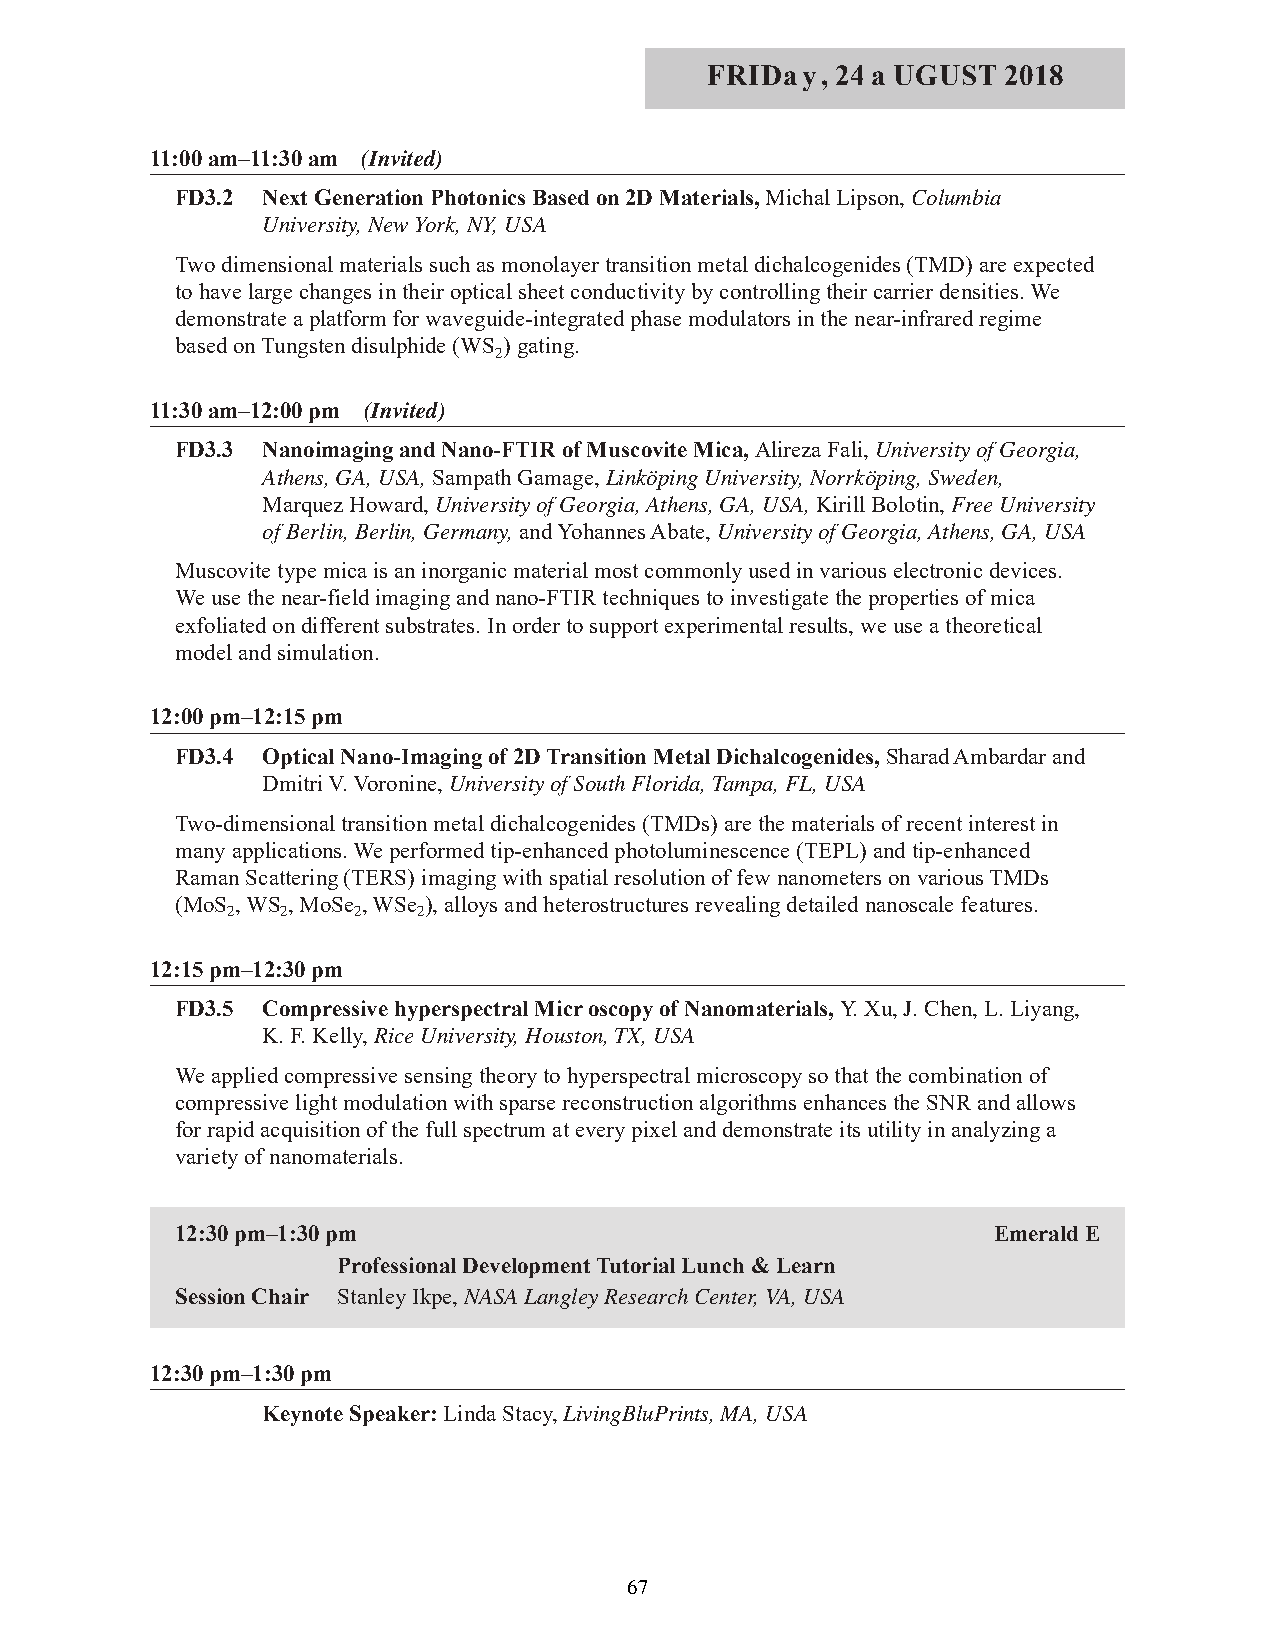
FRIDay, 24 a UGUST  2018
 11:00 am–11:30 am (Invited)
 FD3.2 Next Generation Photonics Based on 2D Materials, Michal Lipson, Columbia
 University, New York, NY, USA
 Two dimensional materials such as monolayer transition metal dichalcogenides (TMD) are expected
 to have large changes in their optical sheet conductivity by controlling their carrier densities. We
 demonstrate a platform for waveguide-integrated phase modulators in the near-infrared regime
 based on Tungsten disulphide (WS ) gating.
 2
 11:30 am–12:00 pm (Invited)
 FD3.3 Nanoimaging and Nano-FTIR of Muscovite Mica, Alireza Fali, University of Georgia,
 Athens, GA, USA, Sampath Gamage, Linköping University, Norrköping, Sweden,
 Marquez Howard, University of Georgia, Athens, GA, USA, Kirill Bolotin, Free University
 of Berlin, Berlin, Germany, and Yohannes Abate, University of Georgia, Athens, GA, USA
 Muscovite type mica is an inorganic material most commonly used in various electronic devices.
 We use the near-field imaging and nano-FTIR techniques to investigate the properties of mica
 exfoliated on different substrates. In order to support experimental results, we use a theoretical
 model and simulation.
 12:00 pm–12:15 pm
 FD3.4 Optical Nano-Imaging of 2D Transition Metal Dichalcogenides, Sharad Ambardar and
 Dmitri V. Voronine, University of South Florida, Tampa, FL, USA
 Two-dimensional transition metal dichalcogenides (TMDs) are the materials of recent interest in
 many applications. We performed tip-enhanced photoluminescence (TEPL) and tip-enhanced
 Raman Scattering (TERS) imaging with spatial resolution of few nanometers on various TMDs
 (MoS , WS , MoSe , WSe ), alloys and heterostructures revealing detailed nanoscale features.
 2   2   2    2
 12:15 pm–12:30 pm
 FD3.5 Compressive hyperspectral Microscopy of Nanomaterials, Y. Xu, J. Chen, L. Liyang,
 K. F. Kelly, Rice University, Houston, TX, USA
 We applied compressive sensing theory to hyperspectral microscopy so that the combination of
 compressive light modulation with sparse reconstruction algorithms enhances the SNR and allows
 for rapid acquisition of the full spectrum at every pixel and demonstrate its utility in analyzing a
 variety of nanomaterials.
 12:30 pm–1:30 pm                                      Emerald E
 Professional Development Tutorial Lunch & Learn
 Session Chair Stanley Ikpe, NASA Langley Research Center, VA, USA
 12:30 pm–1:30 pm
 Keynote Speaker: Linda Stacy, LivingBluPrints, MA, USA
 67